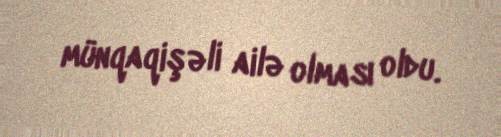
münqaqişəli ailə olması oldu.